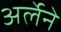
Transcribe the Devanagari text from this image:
अर्लेने